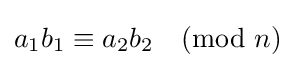
a_{1}b_{1}\equiv a_{2}b_{2}{\pmod {n}}